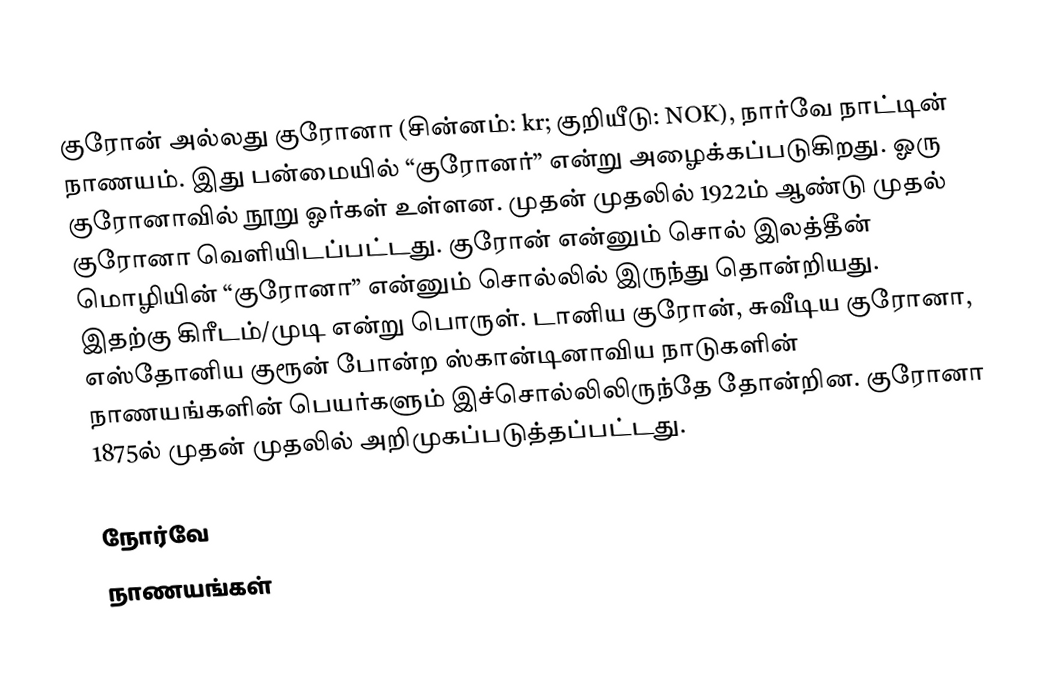
குரோன் அல்லது குரோனா (சின்னம்: kr; குறியீடு: NOK), நார்வே நாட்டின் நாணயம். இது பன்மையில் “குரோனர்” என்று அழைக்கப்படுகிறது. ஓரு குரோனாவில் நூறு ஓர்கள் உள்ளன. முதன் முதலில் 1922ம் ஆண்டு முதல் குரோனா வெளியிடப்பட்டது. குரோன் என்னும் சொல் இலத்தீன் மொழியின் “குரோனா” என்னும் சொல்லில் இருந்து தொன்றியது. இதற்கு கிரீடம்/முடி என்று பொருள். டானிய குரோன், சுவீடிய குரோனா, எஸ்தோனிய குரூன் போன்ற ஸ்கான்டினாவிய நாடுகளின் நாணயங்களின் பெயர்களும் இச்சொல்லிலிருந்தே தோன்றின. குரோனா 1875ல் முதன் முதலில் அறிமுகப்படுத்தப்பட்டது.

நோர்வே
நாணயங்கள்